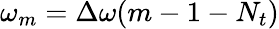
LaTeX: \omega_{m}=\Delta\omega(m-1-N_{t})